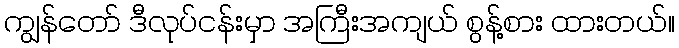
ကျွန်တော် ဒီလုပ်ငန်းမှာ အကြီးအကျယ် စွန့်စား ထားတယ်။